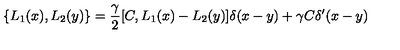
\{ L _ { 1 } ( x ) , L _ { 2 } ( y ) \} = \frac { \gamma } { 2 } [ C , L _ { 1 } ( x ) - L _ { 2 } ( y ) ] \delta ( x - y ) + \gamma C \delta ^ { \prime } ( x - y )